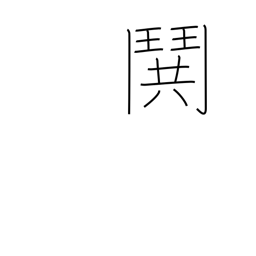
Meaning: fight